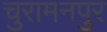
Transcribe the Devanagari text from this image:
चुरामनपुर